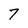
Character: 7